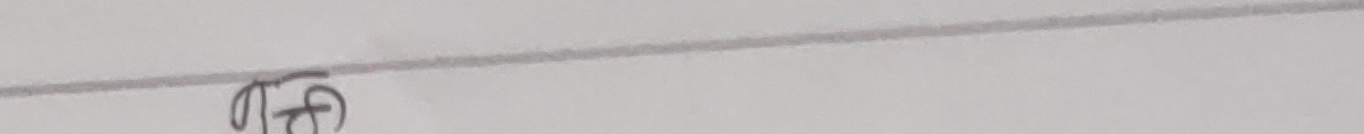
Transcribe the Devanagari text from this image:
ठिक